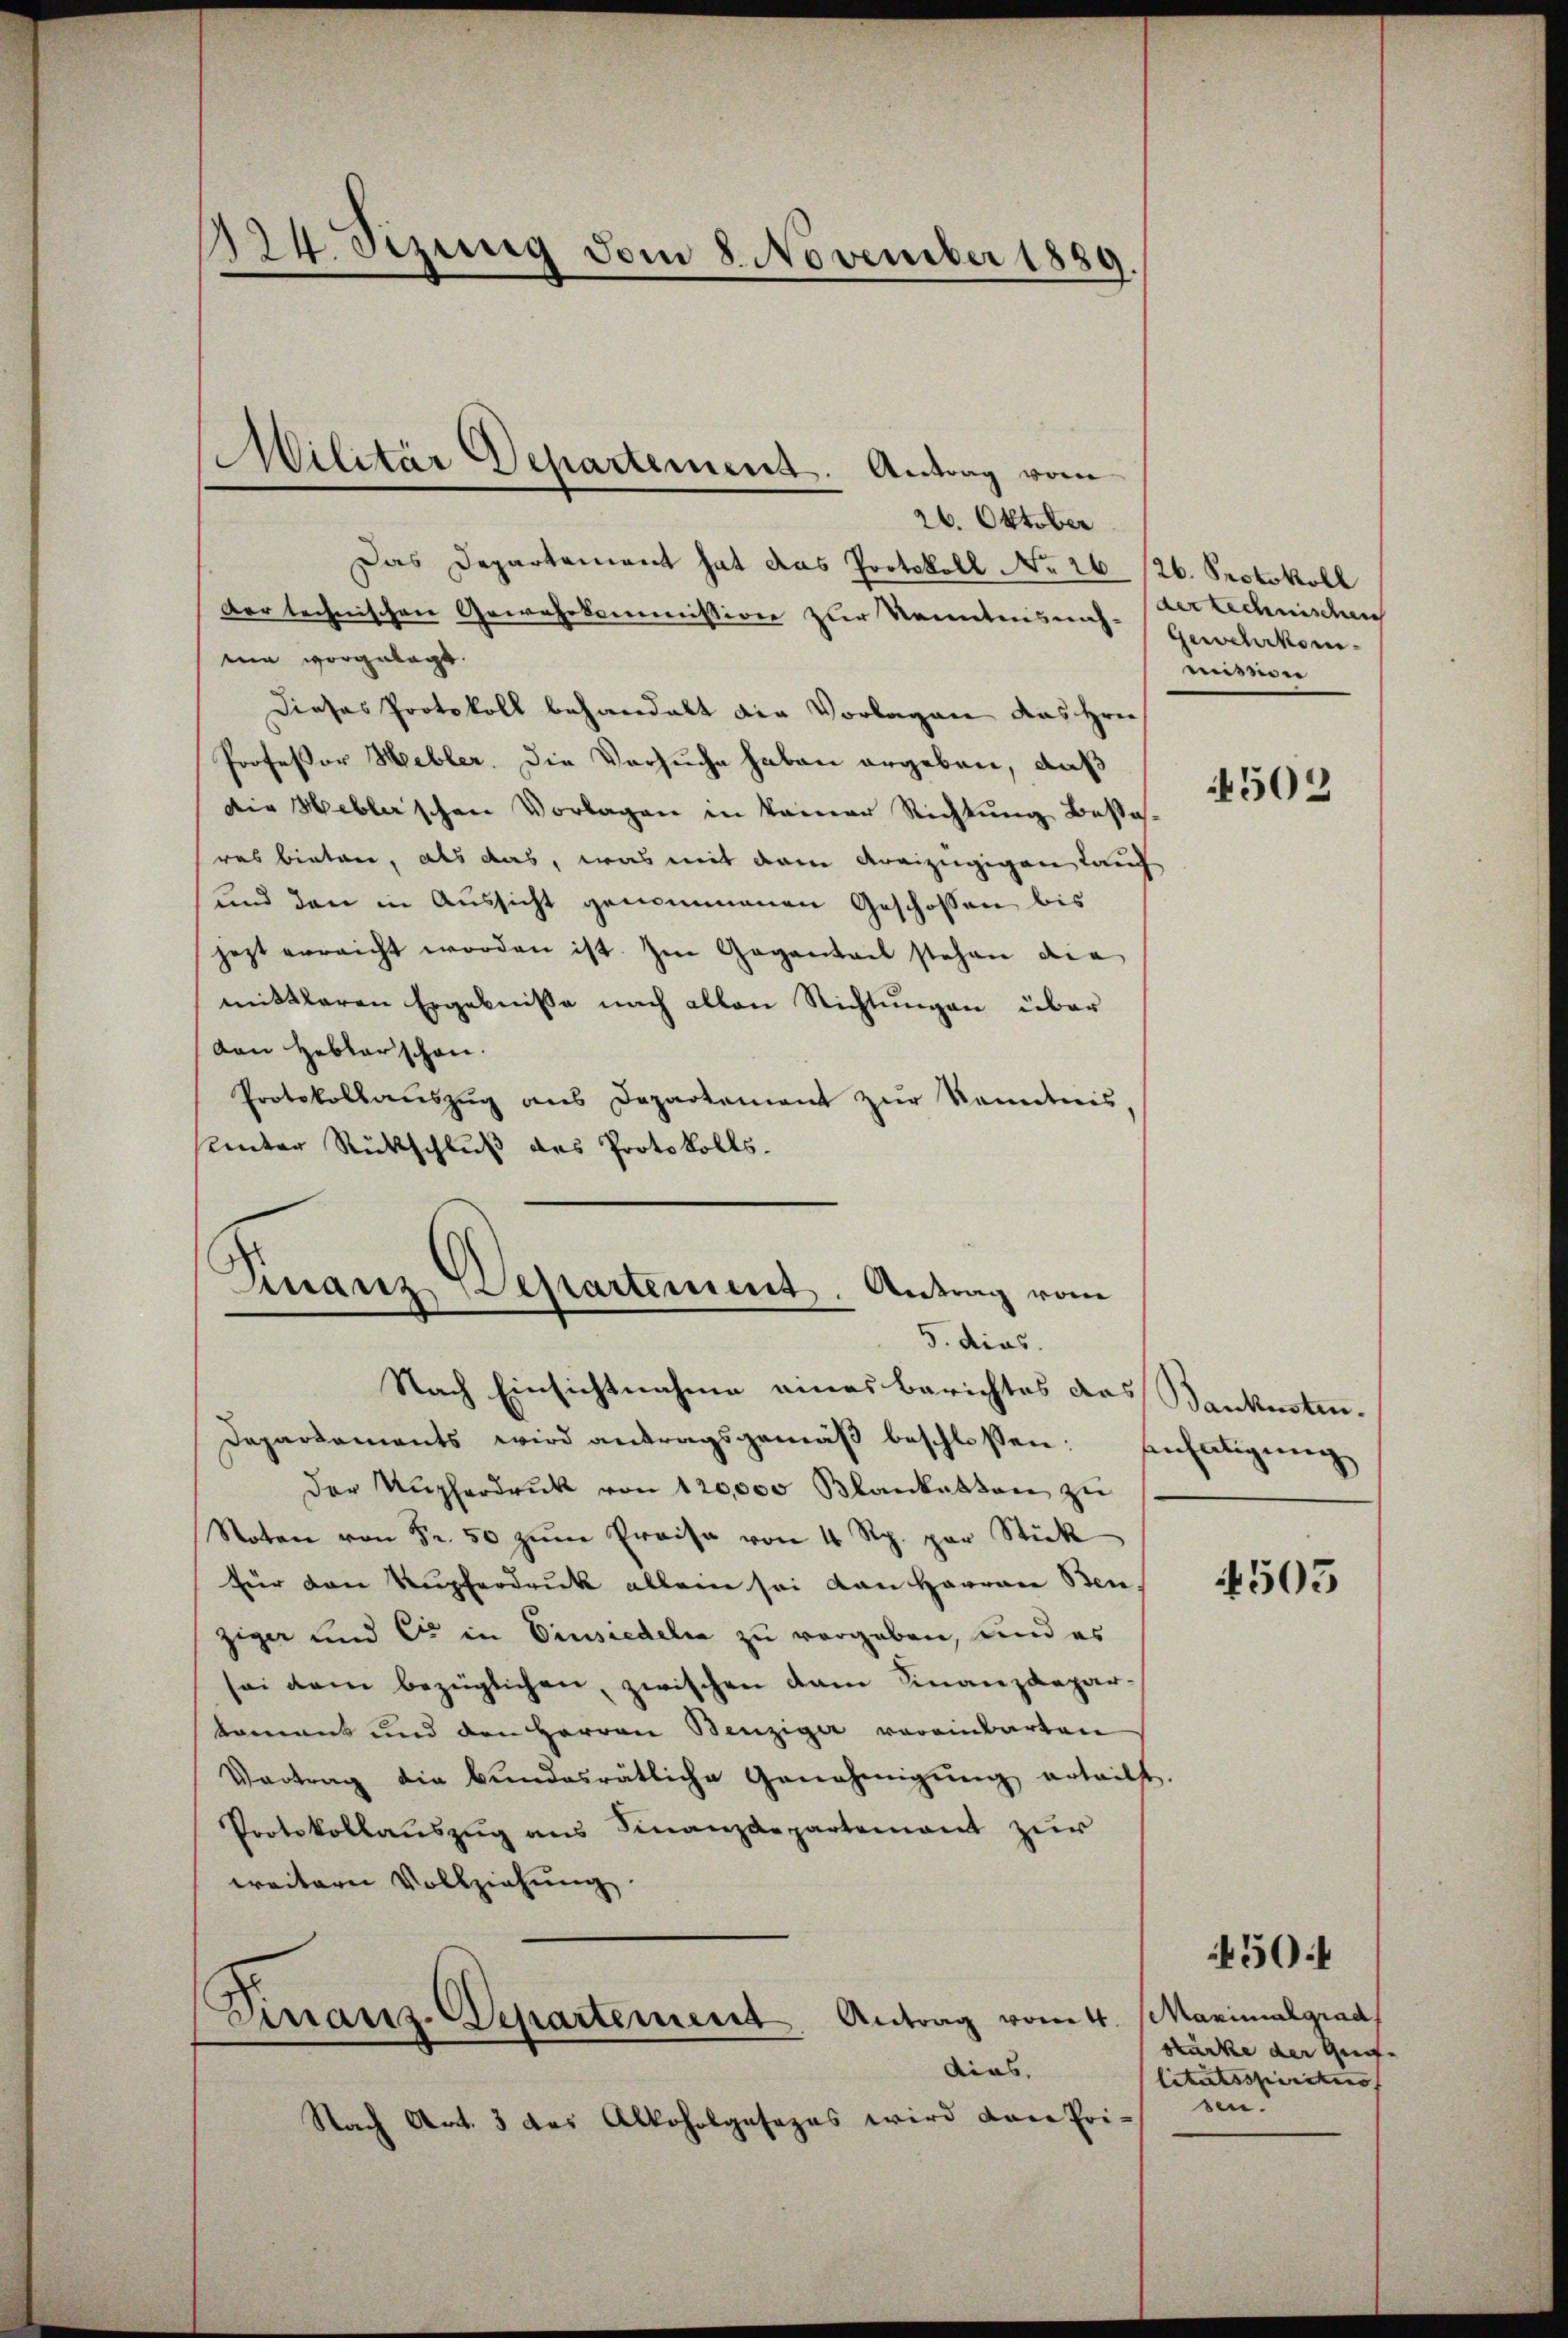
194. Sizung vom 8. November 1889
.

Das Departement hat das Protokoll No 26. 126. Protokoll
der technischen Gewährkommission zur Kenntnisnah-Gewehrkommin vorgelegt.
Dieses Protokoll behandelt die Vorlagen das Hrn.
Professor Hebler. Die Versuche haben ergeben, daß
die Heblerschen Vorlagen in keiner Richtung Besses.
res bieten, als das, was mit dem dreizügigen Lauch
und den in Aussicht genommenen Geschossen bis
jezt erreicht worden ist. Im Gegentait stehen die
mittleren Ergebnisse nach allen Richtŭngen über
von Heblarschen.
Protokollaŭszŭg ans Departement zŭr Kenntnis,
sunter Rückschluß das Protokolls.
Finanzdepartement. Antrag von

Militär Departement. Antrag vom
26. Oktober

5. dies
Nach Einsichtnahme eines Berichtes das Bankestri¬

Departaments wird antragsgemäβ beschlossen: Einsätigung
Der Kupferdruck von 120,000 Blankaktore zu
Noten von Fr. 50 zŭm Preise von 4 Rp. par Stück
für den Kupferdruck allein sei von Harran Ben
ziger und C in Einsiedeln zu vergeben, und es
sei dem bezüglichen, zwischen dam Finanzdepar-
kament und den Herren Benziger voreinbarten
Vortrag die bundesrätliche Genehmigŭng erteilt.
Protokollauszug aus Finanzdepartement zur
weitern Vollziehung.
Dirrans-Departement Antrag vom 4. Maximalgrad
Aias,
Nach Art. 3 das Alkoholgesezes wird dann Pri-

der technischen
mission

502

4503

stärke der Greif- |
litätssiertens |
sen.

50